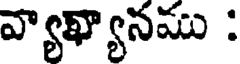
వ్యాఖ్యానము :